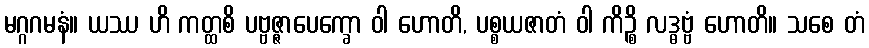
မဂ္ဂဂမနံ။ ယဿ ဟိ ကတ္ထစိ ပဗ္ဗဇ္ဇာပေက္ခော ဝါ ဟောတိ, ပစ္စယဇာတံ ဝါ ကိဉ္စိ လဒ္ဓဗ္ဗံ ဟောတိ။ သစေ တံ